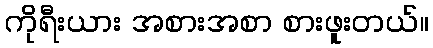
ကိုရီးယား အစားအစာ စားဖူးတယ်။